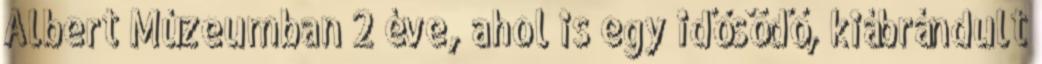
Albert Múzeumban 2 éve, ahol is egy idősödő, kiábrándult